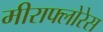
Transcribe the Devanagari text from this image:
मीराफ्लोरेस